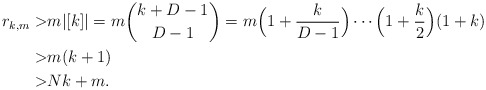
\begin{align*}r_{k,m}>&m|[k]|=m\binom{k+D-1}{D-1}=m\Big(1+\frac{k}{D-1}\Big)\cdots\Big(1+\frac{k}{2}\Big)(1+k)\\>&m(k+1)\\>&Nk+m.\end{align*}